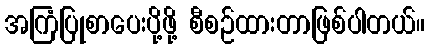
အကြံပြုစာပေးပို့ဖို့ စီစဉ်ထားတာဖြစ်ပါတယ်။